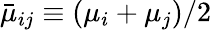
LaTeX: \bar{\mu}_{ij}\equiv(\mu_{i}+\mu_{j})/2